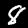
Digit: 8